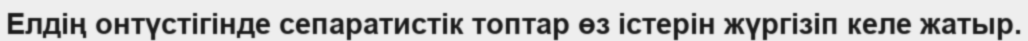
Елдің онтүстігінде сепаратистік топтар өз істерін жүргізіп келе жатыр.